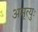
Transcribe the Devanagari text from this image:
अमृत्युः